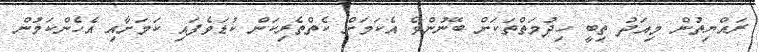
ރައްޔިތުން މިއަދު ތިބީ ހިދުމަތްތަކަށް ބޭނުންވެ އެކަމަށް ކެތްތެރިކަން ކުޑަވެފައި ކަމަށާއި އެހެންކަމުން